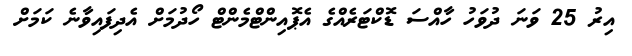
އިރު 25 ވަނަ ދުވަހު ހާއްސަ ޑޮކްޓަރެއްގެ އެޕޮއިންޓްމެންޓް ހޯދުމަށް އެދިފައިވާނެ ކަމަށް